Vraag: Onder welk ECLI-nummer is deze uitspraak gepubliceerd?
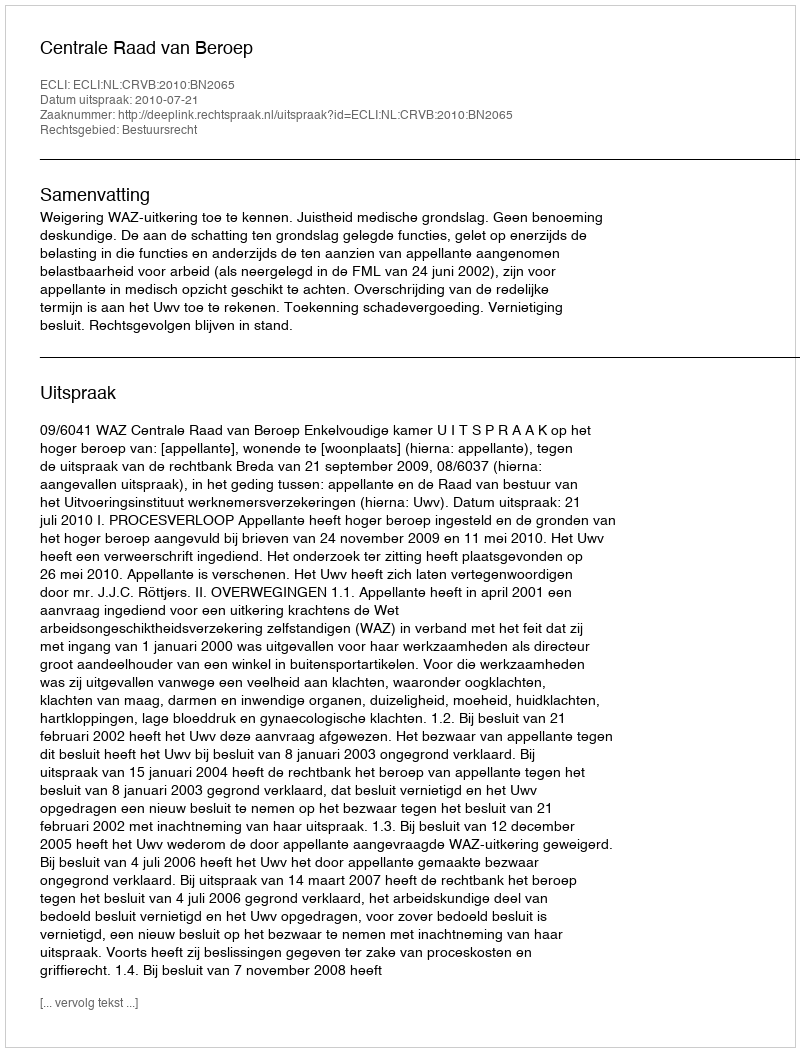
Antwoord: ECLI:NL:CRVB:2010:BN2065